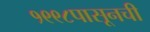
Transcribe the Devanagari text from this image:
१९९८पासूनची